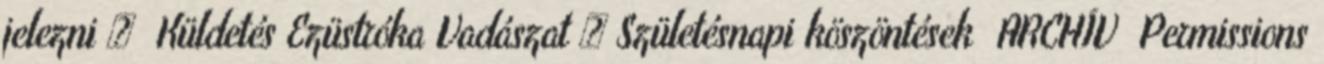
jelezni » Küldetés Ezüstróka Vadászat » Születésnapi köszöntések ARCHÍV Permissions